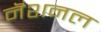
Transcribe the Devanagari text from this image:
नॆशनल